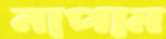
নাপাম